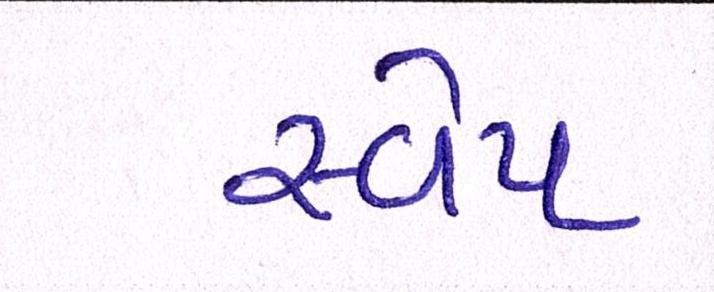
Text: સ્વેપ